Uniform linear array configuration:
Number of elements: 48
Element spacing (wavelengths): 0.75
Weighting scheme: hamming
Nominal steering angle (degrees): -15
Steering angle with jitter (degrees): -16.497
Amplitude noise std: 0.05
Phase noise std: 0.05

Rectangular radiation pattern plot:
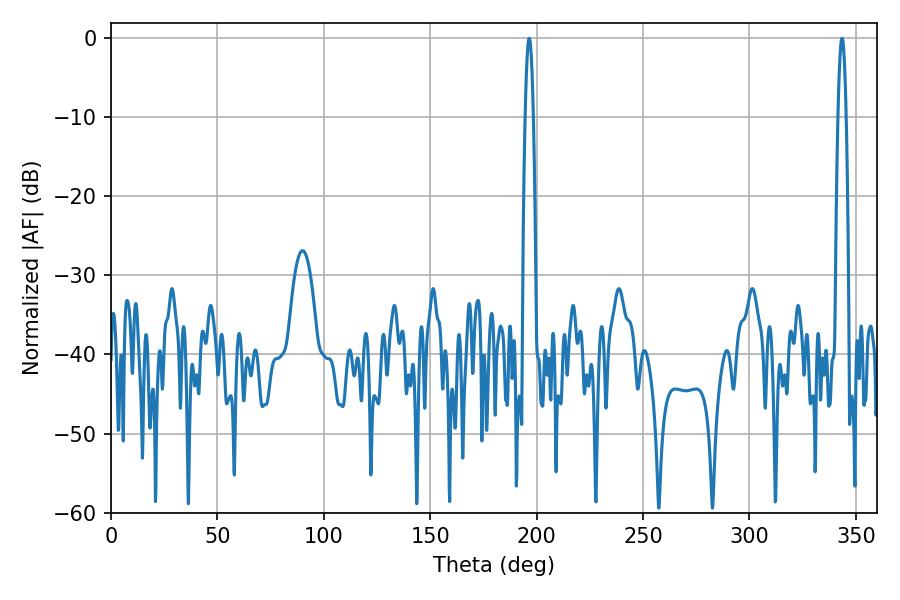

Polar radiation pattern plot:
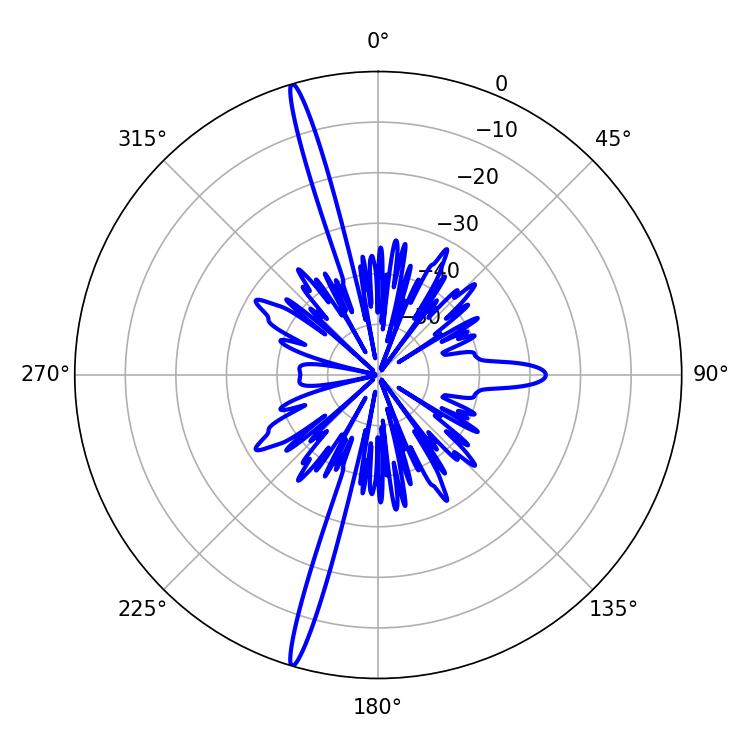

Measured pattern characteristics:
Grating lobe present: TRUE
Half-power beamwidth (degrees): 1.98
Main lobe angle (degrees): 343.44